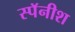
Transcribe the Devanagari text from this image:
स्पॅनीश